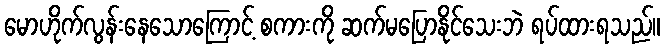
မောဟိုက်လွန်းနေသောကြောင့် စကားကို ဆက်မပြောနိုင်သေးဘဲ ရပ်ထားရသည်။